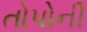
તોપોની